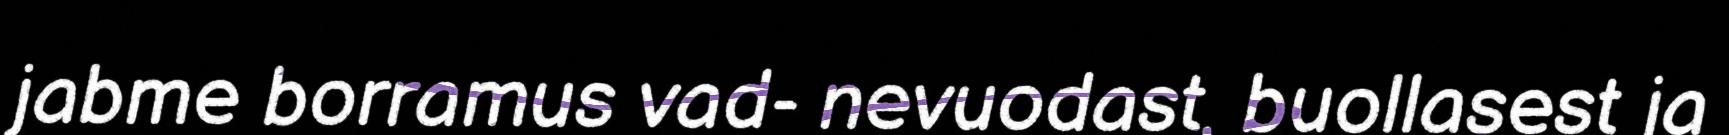
jabme borramus vad- nevuodast, buollasest ja